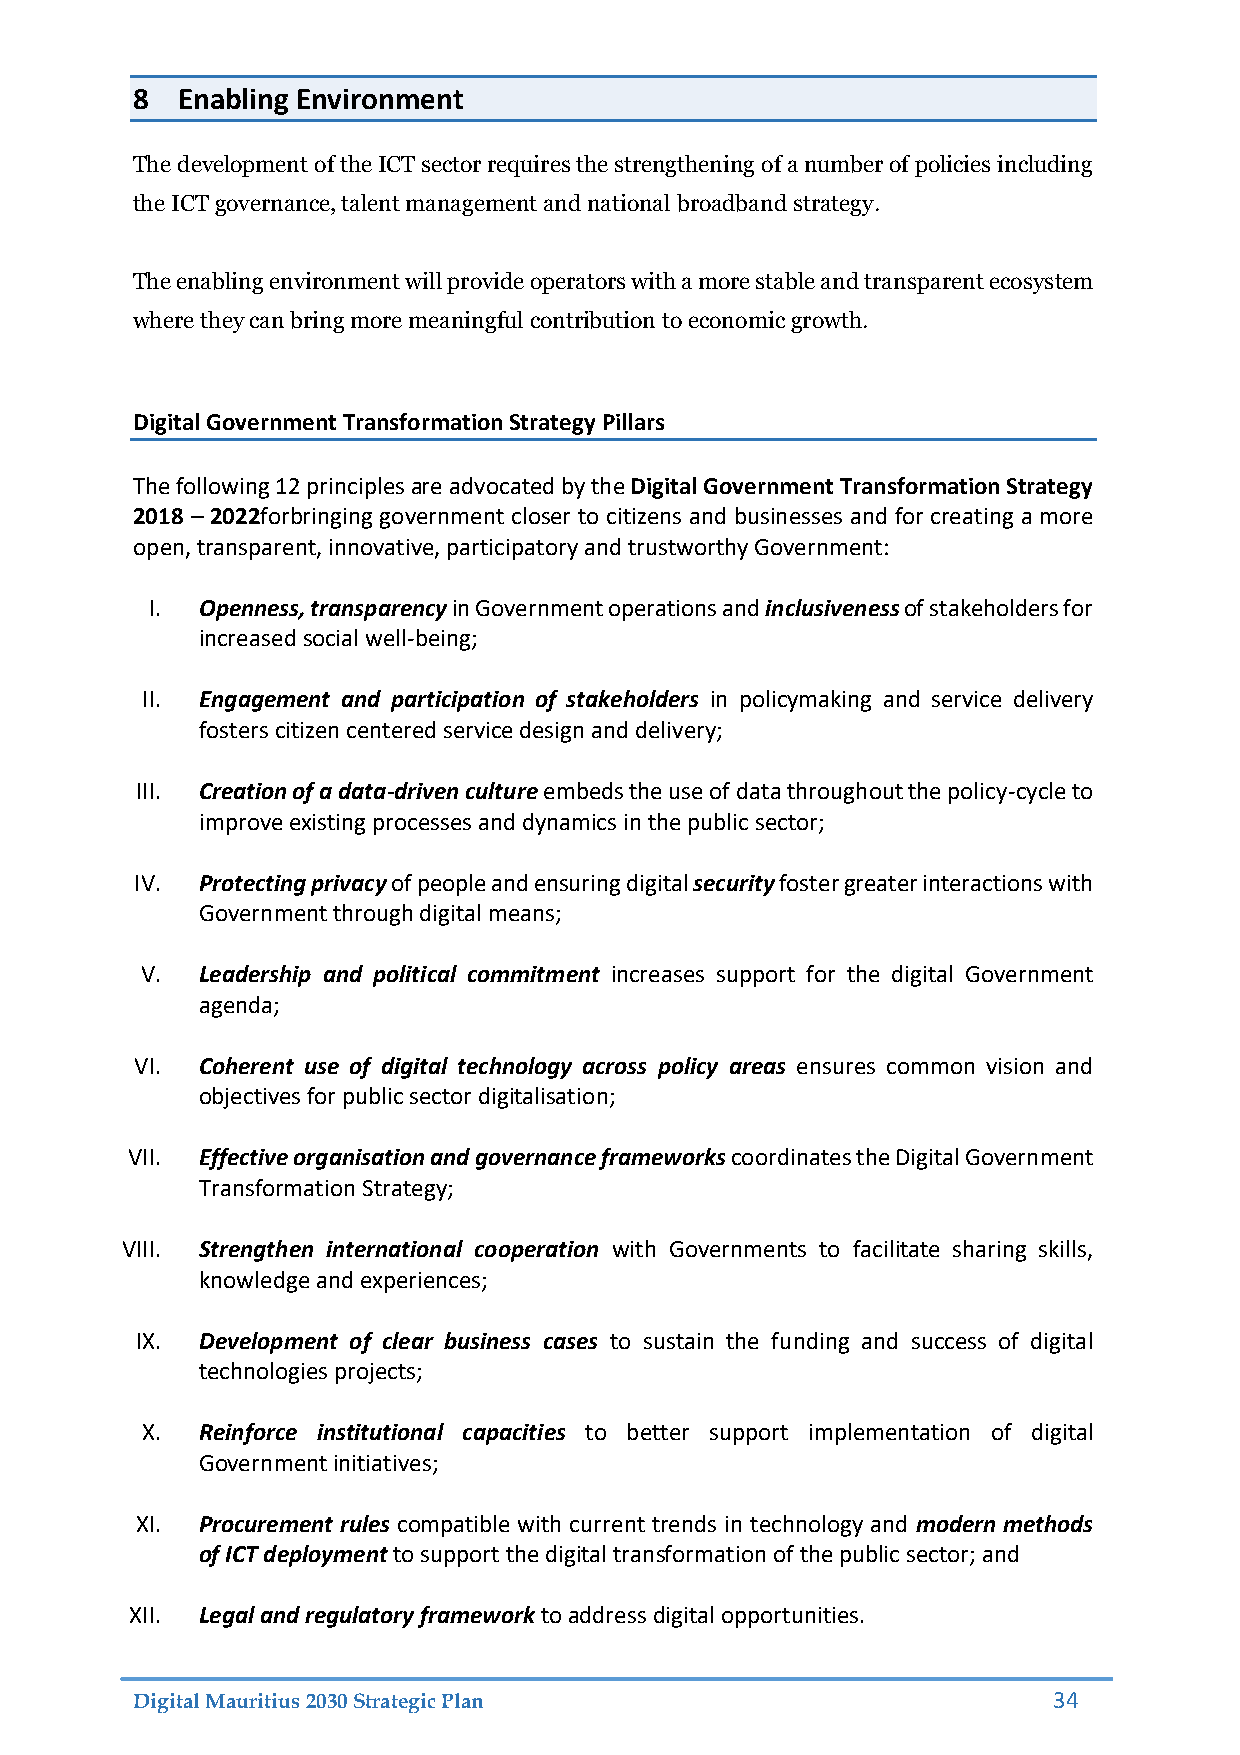
8  Enabling Environment
 The development of the ICT sector requires the strengthening of a number of policies including
 the ICT governance, talent management and national broadband strategy.
 The enabling environment will provide operators with a more stable and transparent ecosystem
 where they can bring more meaningful contribution to economic growth.
 Digital Government Transformation Strategy Pillars
 The following 12 principles are advocated by the Digital Government Transformation Strategy
 2018 – 2022forbringing government closer to citizens and businesses and for creating a more
 open, transparent, innovative, participatory and trustworthy Government:
 I. Openness, transparency in Government operations and inclusiveness of stakeholders for
 increased social well-being;
 II. Engagement and participation of stakeholders in policymaking and service delivery
 fosters citizen centered service design and delivery;
 III. Creation of a data-driven culture embeds the use of data throughout the policy-cycle to
 improve existing processes and dynamics in the public sector;
 IV. Protecting privacy of people and ensuring digital security foster greater interactions with
 Government through digital means;
 V.  Leadership and political commitment increases support for the digital Government
 agenda;
 VI. Coherent use of digital technology across policy areas ensures common vision and
 objectives for public sector digitalisation;
 VII. Effective organisation and governance frameworks coordinates the Digital Government
 Transformation Strategy;
 VIII. Strengthen international cooperation with Governments to facilitate sharing skills,
 knowledge and experiences;
 IX. Development of clear business cases to sustain the funding and success of digital
 technologies projects;
 X.  Reinforce institutional capacities to better support implementation of digital
 Government initiatives;
 XI. Procurement rules compatible with current trends in technology and modern methods
 of ICT deployment to support the digital transformation of the public sector; and
 XII. Legal and regulatory framework to address digital opportunities.
 Digital Mauritius 2030 Strategic Plan                        34